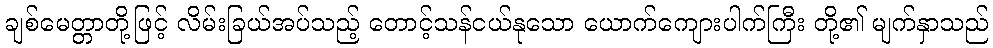
ချစ်မေတ္တာတို့ဖြင့် လိမ်းခြယ်အပ်သည့် တောင့်သန်ငယ်နုသော ယောက်ကျေားပါက်ကြီး တို့၏ မျက်နှာသည်